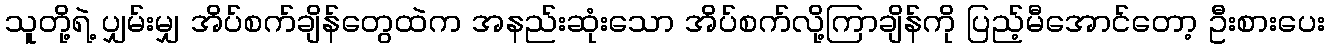
သူတို့ရဲ့ ပျှမ်းမျှ အိပ်စက်ချိန်တွေထဲက အနည်းဆုံးသော အိပ်စက်လို့ကြာချိန်ကို ပြည့်မီအောင်တော့ ဦးစားပေး